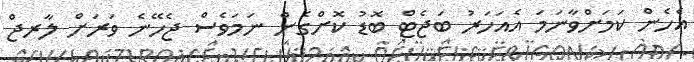
އެހެން ކަމަށްވާނަމަ އެއަހަރު ބަޖެޓް ބޮޑު ކޮށްގެން ނަމަވެސް ޖެހޭނެ ވަރަށް ލާރޖް